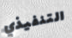
التنفيذي